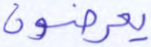
يعرضون